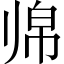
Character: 𱍲